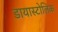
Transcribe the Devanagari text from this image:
डायास्टोलिक